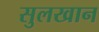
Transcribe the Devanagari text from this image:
सुलखान